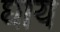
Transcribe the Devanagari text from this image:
घाय